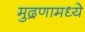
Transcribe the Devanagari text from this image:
मुद्रणामध्ये